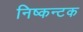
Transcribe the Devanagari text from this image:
निष्कन्टक